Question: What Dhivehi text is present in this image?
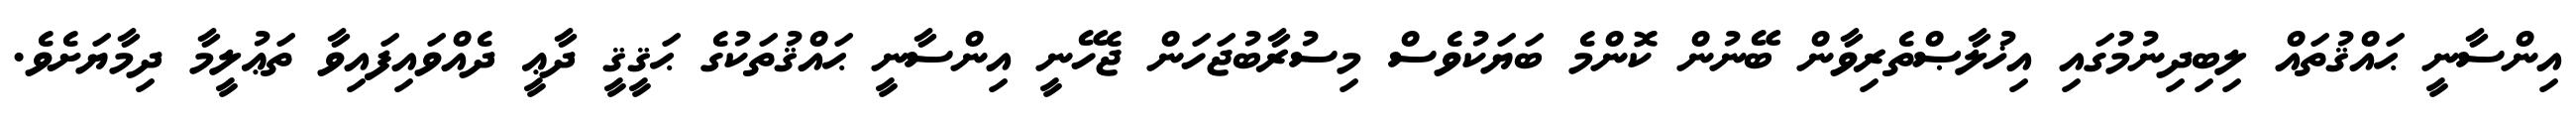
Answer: އިންސާނީ ޙައްޤުތައް ލިބިދިނުމުގައި އިޚުލާޞްތެރިވާން ބޭނުން ކޮންމެ ބަޔަކުވެސް މިސުރާބުޖަހަން ޖެހޭނީ އިންސާނީ ޙައްޤުތަކުގެ ޙަޤީޤީ ދާޢީ ދެއްވައިފައިވާ ތަޢުލީމާ ދިމާޔަށެވެ.